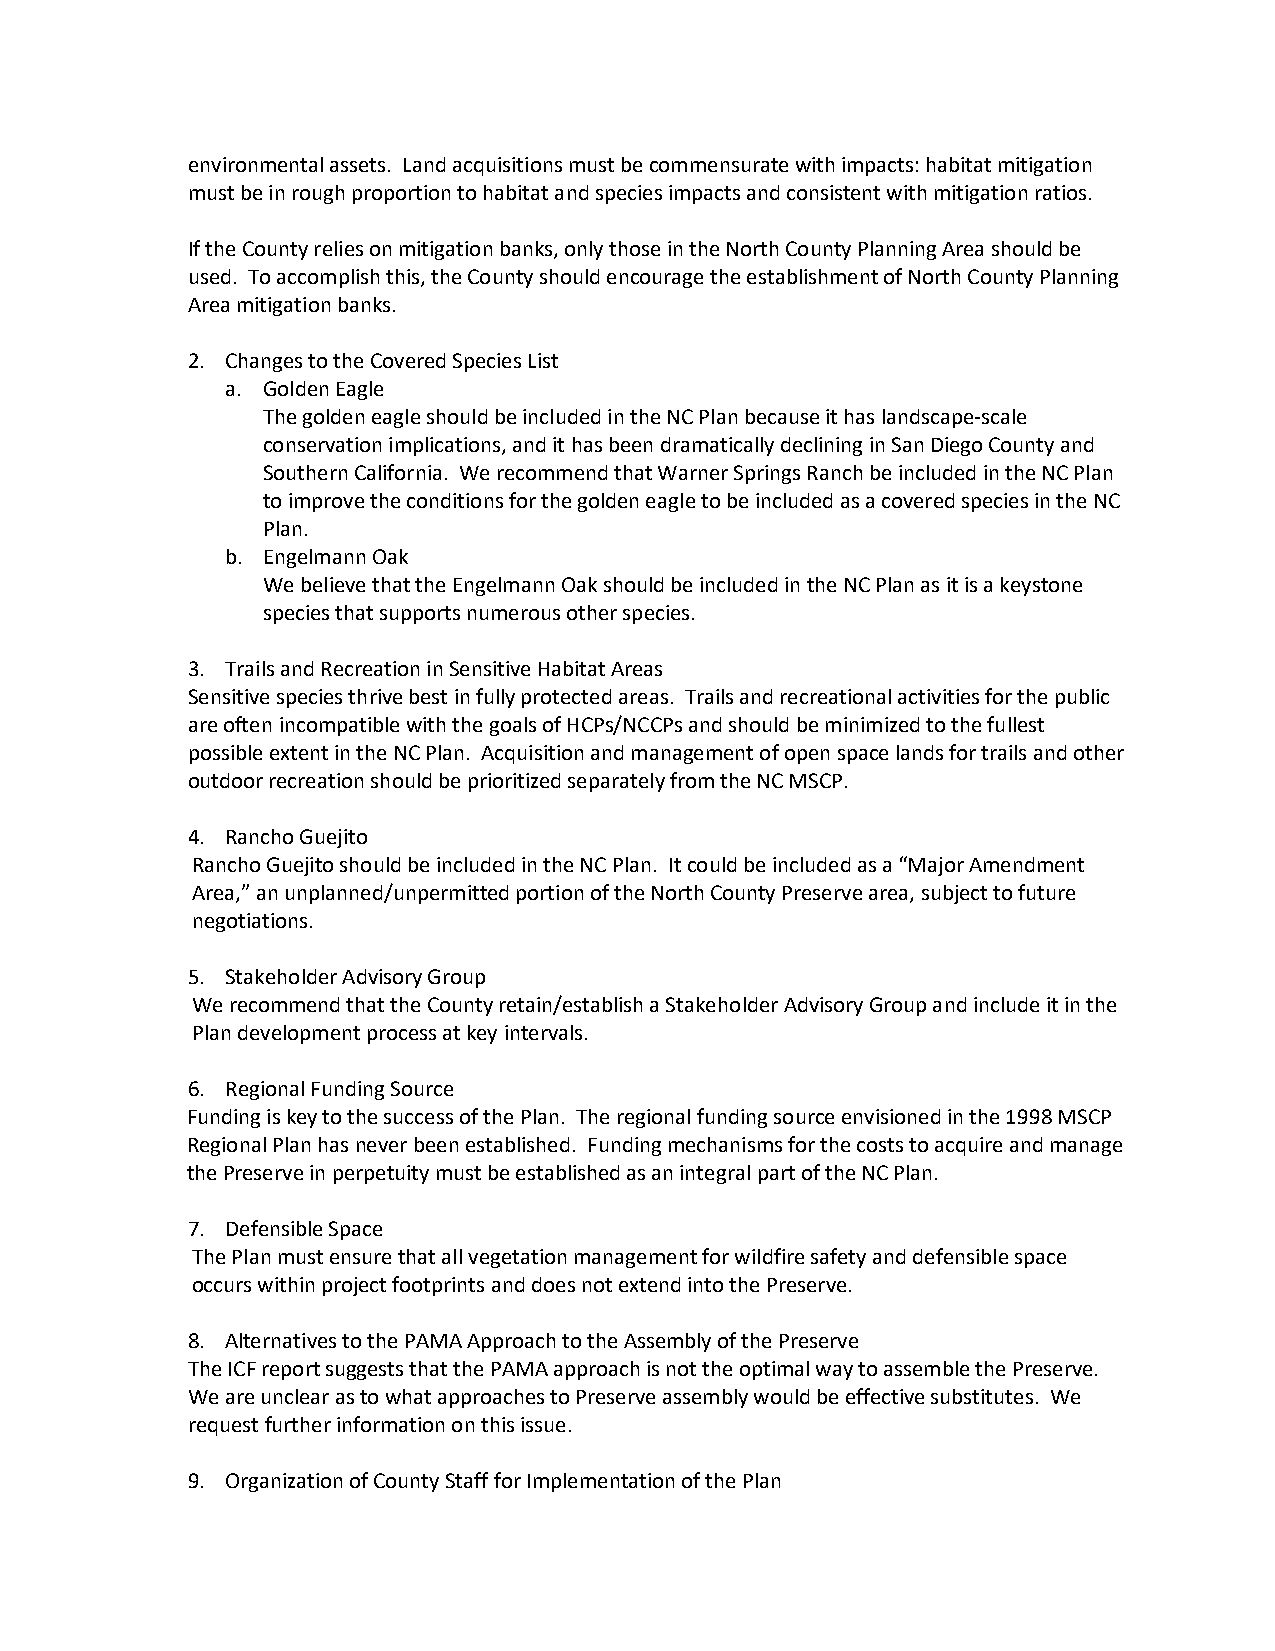
environmental assets. Land acquisitions must be commensurate with impacts: habitat mitigation
 must be in rough proportion to habitat and species impacts and consistent with mitigation ratios.
 If the County relies on mitigation banks, only those in the North County Planning Area should be
 used. To accomplish this, the County should encourage the establishment of North County Planning
 Area mitigation banks.
 2. Changes to the Covered Species List
 a. Golden Eagle
 The golden eagle should be included in the NC Plan because it has landscape-scale
 conservation implications, and it has been dramatically declining in San Diego County and
 Southern California. We recommend that Warner Springs Ranch be included in the NC Plan
 to improve the conditions for the golden eagle to be included as a covered species in the NC
 Plan.
 b. Engelmann Oak
 We believe that the Engelmann Oak should be included in the NC Plan as it is a keystone
 species that supports numerous other species.
 3. Trails and Recreation in Sensitive Habitat Areas
 Sensitive species thrive best in fully protected areas. Trails and recreational activities for the public
 are often incompatible with the goals of HCPs/NCCPs and should be minimized to the fullest
 possible extent in the NC Plan. Acquisition and management of open space lands for trails and other
 outdoor recreation should be prioritized separately from the NC MSCP.
 4. Rancho Guejito
 Rancho Guejito should be included in the NC Plan. It could be included as a “Major Amendment
 Area,” an unplanned/unpermitted portion of the North County Preserve area, subject to future
 negotiations.
 5. Stakeholder Advisory Group
 We recommend that the County retain/establish a Stakeholder Advisory Group and include it in the
 Plan development process at key intervals.
 6. Regional Funding Source
 Funding is key to the success of the Plan. The regional funding source envisioned in the 1998 MSCP
 Regional Plan has never been established. Funding mechanisms for the costs to acquire and manage
 the Preserve in perpetuity must be established as an integral part of the NC Plan.
 7. Defensible Space
 The Plan must ensure that all vegetation management for wildfire safety and defensible space
 occurs within project footprints and does not extend into the Preserve.
 8. Alternatives to the PAMA Approach to the Assembly of the Preserve
 The ICF report suggests that the PAMA approach is not the optimal way to assemble the Preserve.
 We are unclear as to what approaches to Preserve assembly would be effective substitutes. We
 request further information on this issue.
 9. Organization of County Staff for Implementation of the Plan